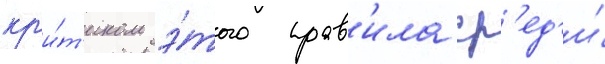
кр'и́т'иком э́того прав'ила ср'ед'и́